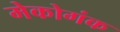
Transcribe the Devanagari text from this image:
मेकोगंक